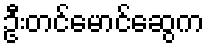
ဦးတင်မောင်ဆွေက